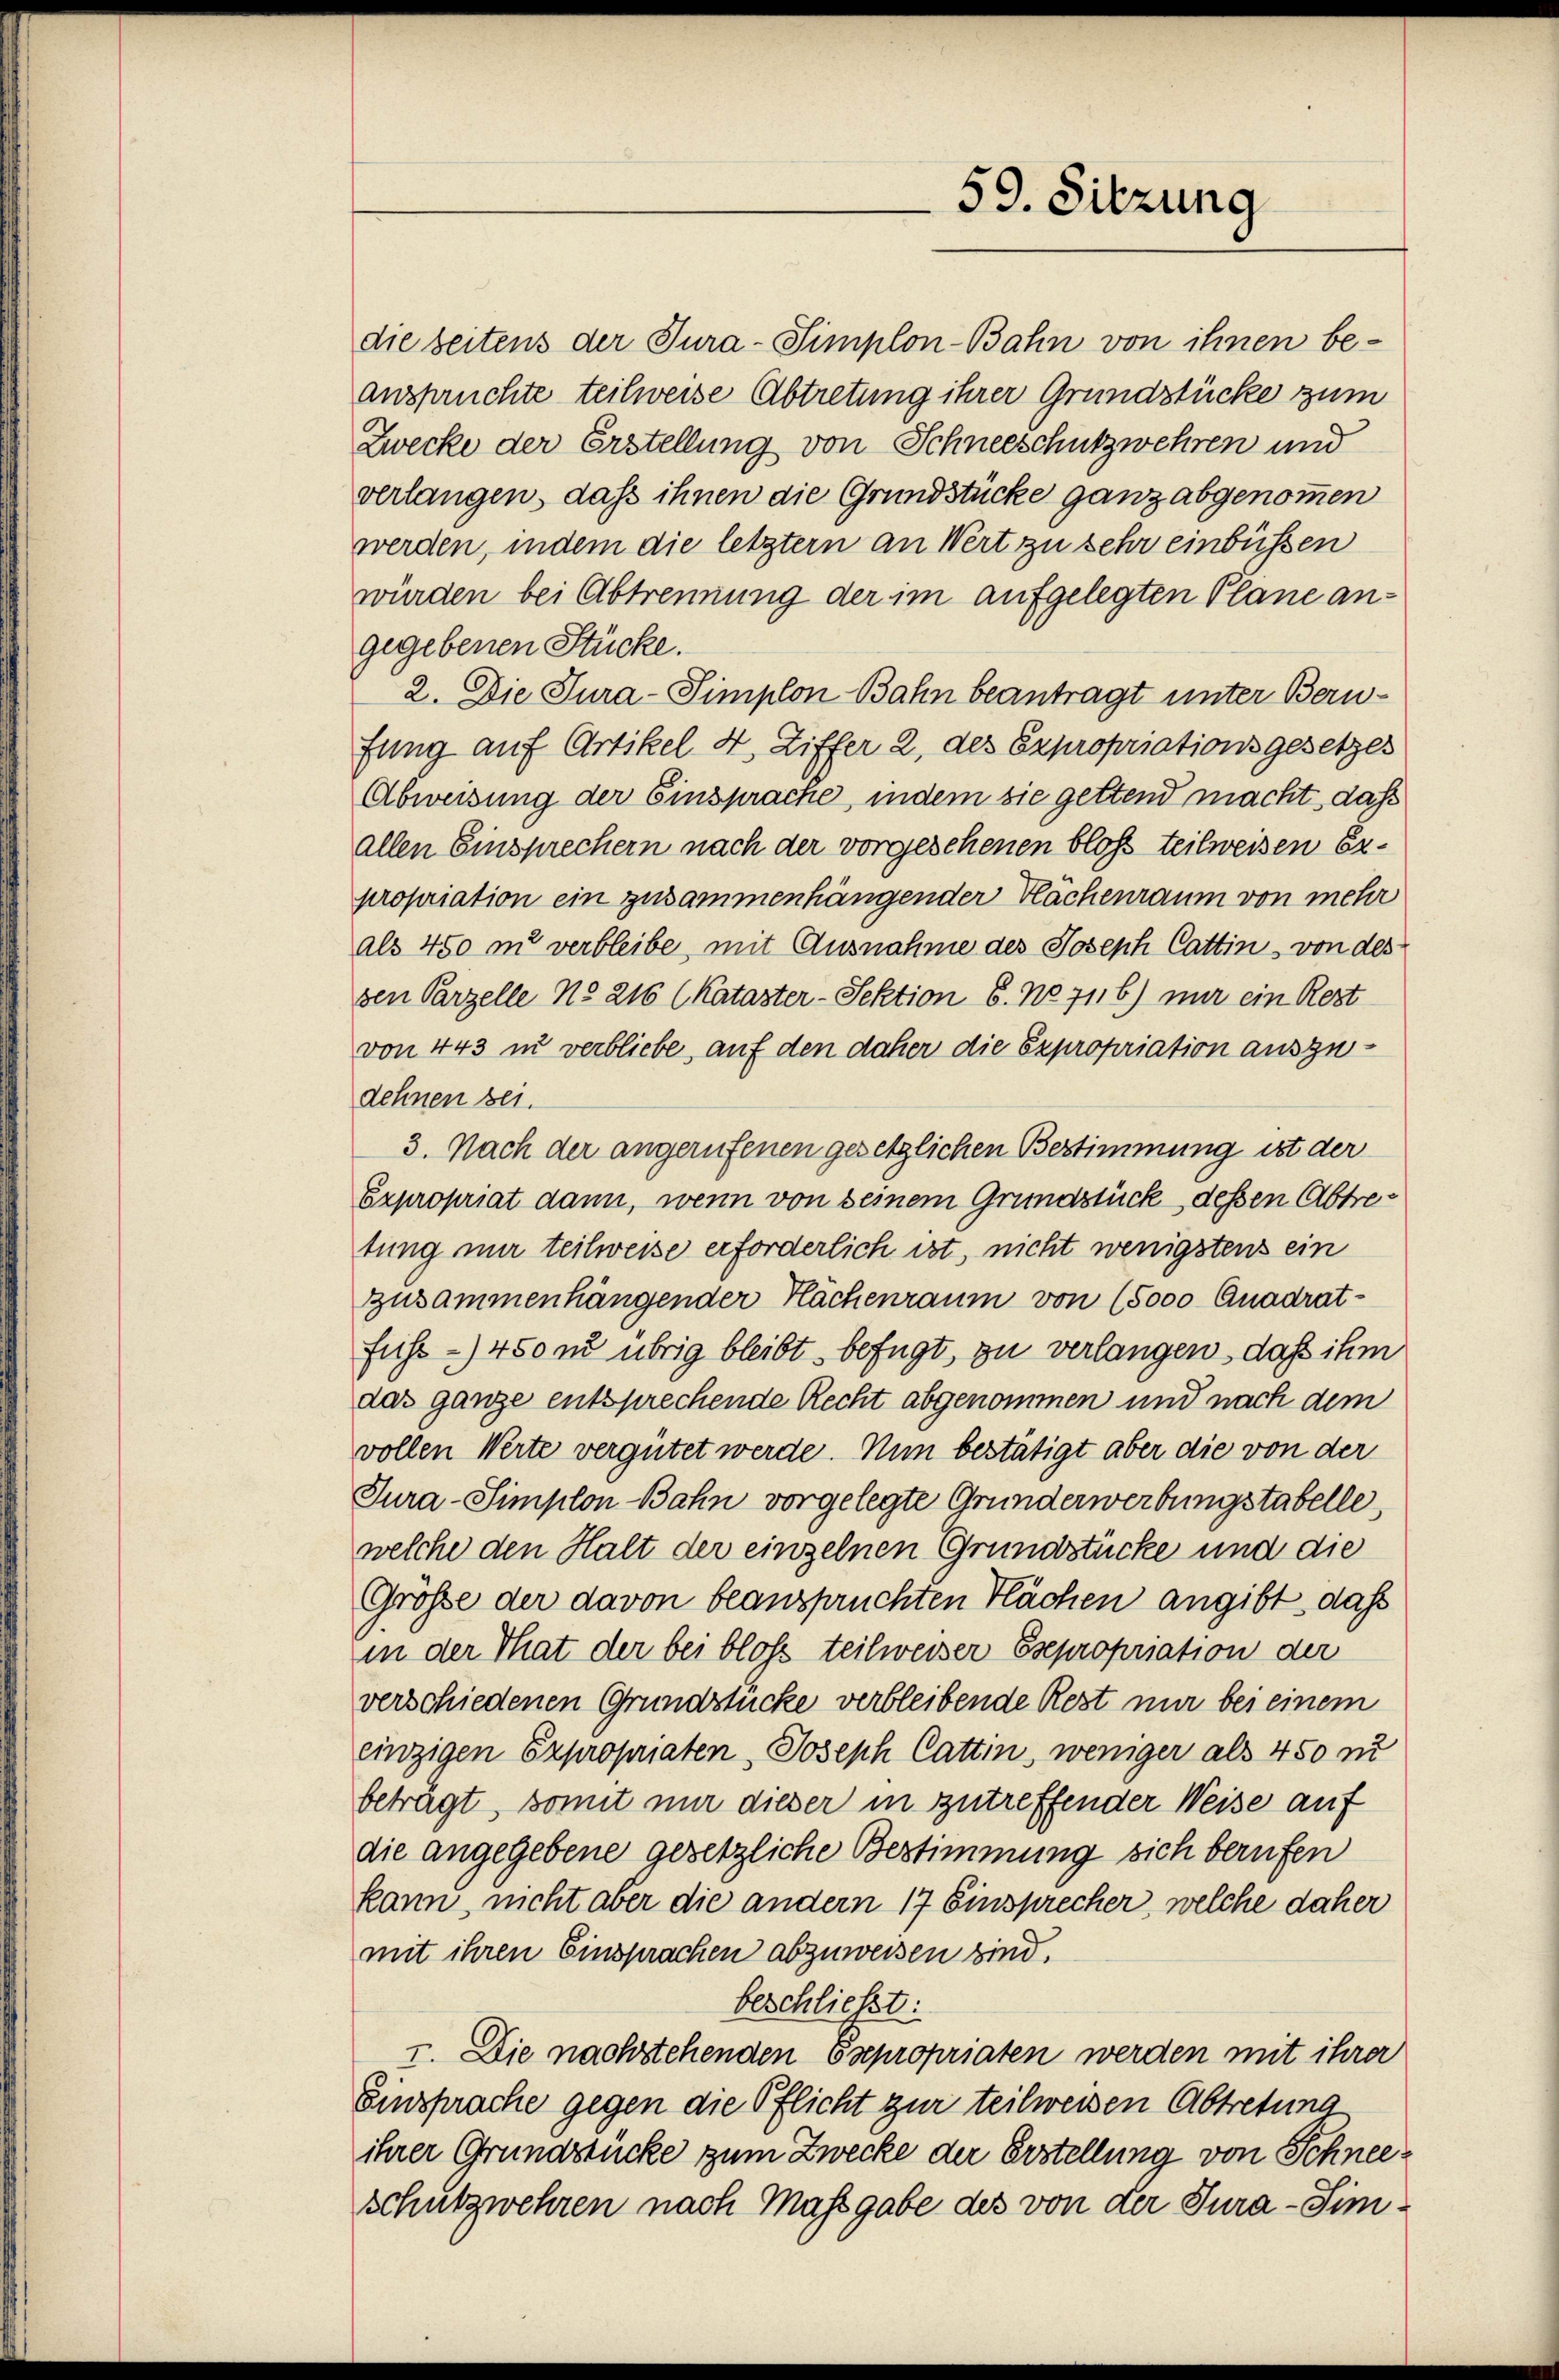
die Seitens der Tura-Simplon-Bahn von ihnen be-
anspruchte teilweise Abtretung ihrer Grundstücke zum
Zwecke der Erstellung von Schneeschutzwehren und
verlangen, daß ihnen die Grundstücke ganz abgenommen
werden, indem die letztern an Wert zu sehr einbüssen
würden bei Abtrennung der im aufgelegten Plane angegebenen Stücke.
2. Die Tura-Simplon Bahn beantragt unter Berufung auf Artikel 4, Ziffer 2, des Expropriationsgesetzes
Abweisung der Einsprache, indem sie geltend macht, das
allen Einsprechern nach der vorgesehenen bloss teilweisen Expropriation ein zusammenhängender Flächenraum von mehr
als 450 m verbleibe, mit Ausnahme des Joseph Cattin, von des
den Parzelle No 216 (Kataster-Sektion 6. No 716) nur ein Rezt
von 443 in verbliebe, auf den daher die Expropriation auszudehnen sei.
3. Nach der angerufenen gesetzlichen Bestimmung ist der
Expropriat dann, wenn von seinem Grundstück dessen Abtretung mir teilweise erforderlich ist, nicht wenigstens ein
zusammenhängender Kachenraum von (5000 Quadrat-
fuhr -) 450 m übrig bleibt befugt, zu verlangen, daß ihm
das ganze entsprechende Recht abgenommen und nach dem
vollen Werte vergütet werde. Nun bestätigt aber die von der
Tura-Simplon Bahn vorgelegte Grunderwerbungstabelle,
welche den Halt der einzelnen Grundstücke und die
Größe der davon beanspruchten Flächen angibt, daß
in der That der bei bloß teilweiser Esepropriation der
verschiedenen Grundstücke verbleibende Rest mir bei einem
einzigen Expropriaten, Joseph Cattin, weniger als 450 zu
beträgt, somit mir dieser in zutreffender Weise auf
die angegebene gesetzliche Bestimmung sich berufen
kann, nicht aber die andern 17 Einsprecher, welche daher
mit ihren Einsprachen abzuweisen sind.
beschließt:
I. Die nachstehenden Expropriaten werden mit ihrer
Einsprache gegen die Pflicht zur teilweisen Abtretung
ihrer Grundstücke zum Zwecke der Erstellung von Schneeschutzwehren nach Massgabe des von der Jura-Sim¬

59. Sitzung